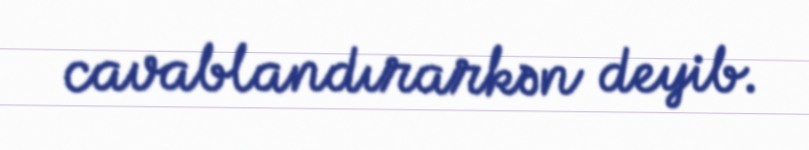
cavablandırarkən deyib.